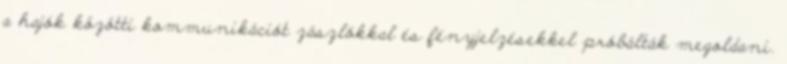
a hajók közötti kommunikációt zászlókkal és fényjelzésekkel próbálták megoldani.